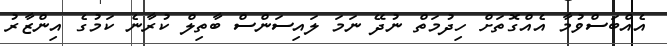
އެއްބަސްވުމާ އެއްގޮތަށް ހިދުމަތް ނުދޭ ނަމަ ލައިސަންސް ބާތިލް ކުރާނެ ކަމުގެ އިންޒާރު